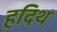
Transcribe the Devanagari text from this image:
हदिथ